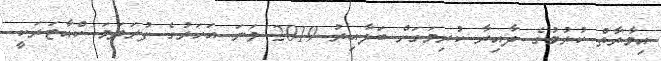
އިމާރާތް ކުރުމުގެ ދާއިރާ ކުރިމަގަށް ބަލާއިރު 2019 ވަނަ އަހަރުގެ ފުރަތަމަ ކްއާޓަރަކީ